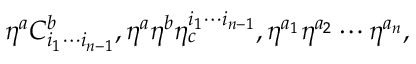
\eta ^ { a } C _ { i _ { 1 } \cdots i _ { n - 1 } } ^ { b } , \eta ^ { a } \eta ^ { b } \eta _ { c } ^ { i _ { 1 } \cdots i _ { n - 1 } } , \eta ^ { a _ { 1 } } \eta ^ { a _ { 2 } } \cdots \eta ^ { a _ { n } } ,